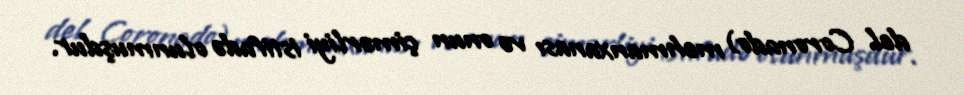
del Coronado) mehmanxanası və onun çimərliyi istifadə olunmuşdur.